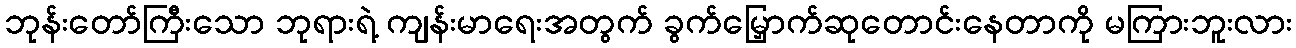
ဘုန်းတော်ကြီးသော ဘုရားရဲ့ ကျန်းမာရေးအတွက် ခွက်မြှောက်ဆုတောင်းနေတာကို မကြားဘူးလား